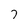
Character: 7